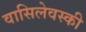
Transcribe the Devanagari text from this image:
वासिलेवस्की